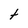
Character: t